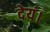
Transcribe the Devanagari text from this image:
देयं।